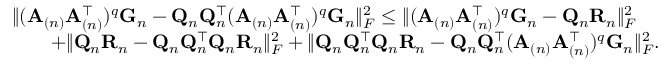
\begin{array} { r l } & { \| ( \mathbf { A } _ { ( n ) } \mathbf { A } _ { ( n ) } ^ { \top } ) ^ { q } \mathbf { G } _ { n } - \mathbf { Q } _ { n } \mathbf { Q } _ { n } ^ { \top } ( \mathbf { A } _ { ( n ) } \mathbf { A } _ { ( n ) } ^ { \top } ) ^ { q } \mathbf { G } _ { n } \| _ { F } ^ { 2 } \leq \| ( \mathbf { A } _ { ( n ) } \mathbf { A } _ { ( n ) } ^ { \top } ) ^ { q } \mathbf { G } _ { n } - \mathbf { Q } _ { n } \mathbf { R } _ { n } \| _ { F } ^ { 2 } } \\ & { \quad \quad + \| \mathbf { Q } _ { n } \mathbf { R } _ { n } - \mathbf { Q } _ { n } \mathbf { Q } _ { n } ^ { \top } \mathbf { Q } _ { n } \mathbf { R } _ { n } \| _ { F } ^ { 2 } + \| \mathbf { Q } _ { n } \mathbf { Q } _ { n } ^ { \top } \mathbf { Q } _ { n } \mathbf { R } _ { n } - \mathbf { Q } _ { n } \mathbf { Q } _ { n } ^ { \top } ( \mathbf { A } _ { ( n ) } \mathbf { A } _ { ( n ) } ^ { \top } ) ^ { q } \mathbf { G } _ { n } \| _ { F } ^ { 2 } . } \end{array}